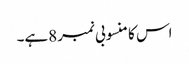
اس کا منسوبی نمبر8ہے۔